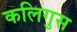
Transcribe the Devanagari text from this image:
कलिगुस